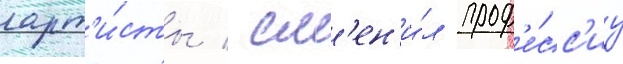
арт'и́сты / см'ен'и́л проф'е́сс'иу